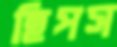
হিপস